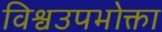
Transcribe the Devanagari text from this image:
विश्वउपभोक्ता